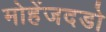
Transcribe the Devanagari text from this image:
मोहेंजदडो